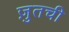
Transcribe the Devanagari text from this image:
ज़ुतची